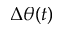
\Delta \theta ( t )